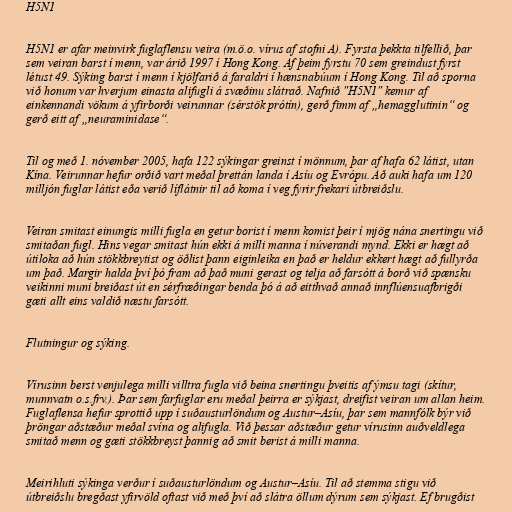
H5N1

H5N1 er afar meinvirk fuglaflensu veira (m.ö.o. vírus af stofni A). Fyrsta þekkta tilfellið, þar
sem veiran barst í menn, var árið 1997 í Hong Kong. Af þeim fyrstu 70 sem greindust fyrst
létust 49. Sýking barst í menn í kjölfarið á faraldri í hænsnabúum í Hong Kong. Til að sporna
við honum var hverjum einasta alifugli á svæðinu slátrað. Nafnið "H5N1" kemur af
einkennandi vökum á yfirborði veirunnar (sérstök prótín), gerð fimm af „hemagglutinin“ og
gerð eitt af „neuraminidase“.

Til og með 1. nóvember 2005, hafa 122 sýkingar greinst í mönnum, þar af hafa 62 látist, utan
Kína. Veirunnar hefur orðið vart meðal þrettán landa í Asíu og Evrópu. Að auki hafa um 120
milljón fuglar látist eða verið líflátnir til að koma í veg fyrir frekari útbreiðslu.

Veiran smitast einungis milli fugla en getur borist í menn komist þeir í mjög nána snertingu við
smitaðan fugl. Hins vegar smitast hún ekki á milli manna í núverandi mynd. Ekki er hægt að
útiloka að hún stökkbreytist og öðlist þann eiginleika en það er heldur ekkert hægt að fullyrða
um það. Margir halda því þó fram að það muni gerast og telja að farsótt á borð við spænsku
veikinni muni breiðast út en sérfræðingar benda þó á að eitthvað annað innflúensuafbrigði
gæti allt eins valdið næstu farsótt.

Flutningur og sýking.

Vírusinn berst venjulega milli villtra fugla við beina snertingu þveitis af ýmsu tagi (skítur,
munnvatn o.s.frv.). Þar sem farfuglar eru meðal þeirra er sýkjast, dreifist veiran um allan heim.
Fuglaflensa hefur sprottið upp í suðausturlöndum og Austur–Asíu, þar sem mannfólk býr við
þröngar aðstæður meðal svína og alifugla. Við þessar aðstæður getur vírusinn auðveldlega
smitað menn og gæti stökkbreyst þannig að smit berist á milli manna.

Meirihluti sýkinga verður í suðausturlöndum og Austur–Asíu. Til að stemma stigu við
útbreiðslu bregðast yfirvöld oftast við með því að slátra öllum dýrum sem sýkjast. Ef brugðist